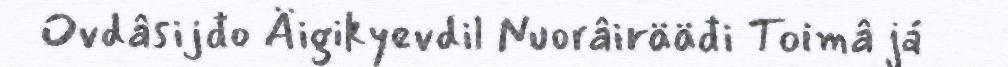
Ovdâsijđo Äigikyevdil Nuorâirääđi Toimâ já